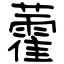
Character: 藿